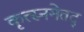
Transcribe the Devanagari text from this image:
कृत्स्नमेतद्